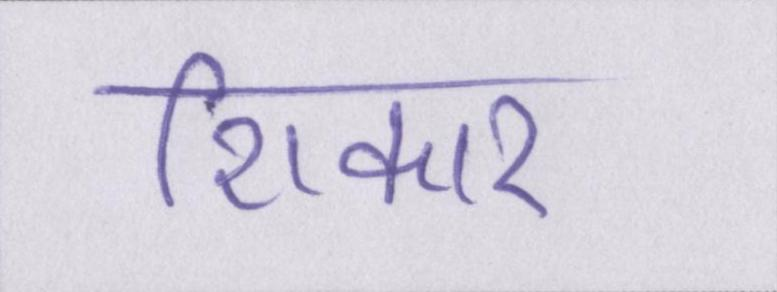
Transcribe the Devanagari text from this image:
शिकार